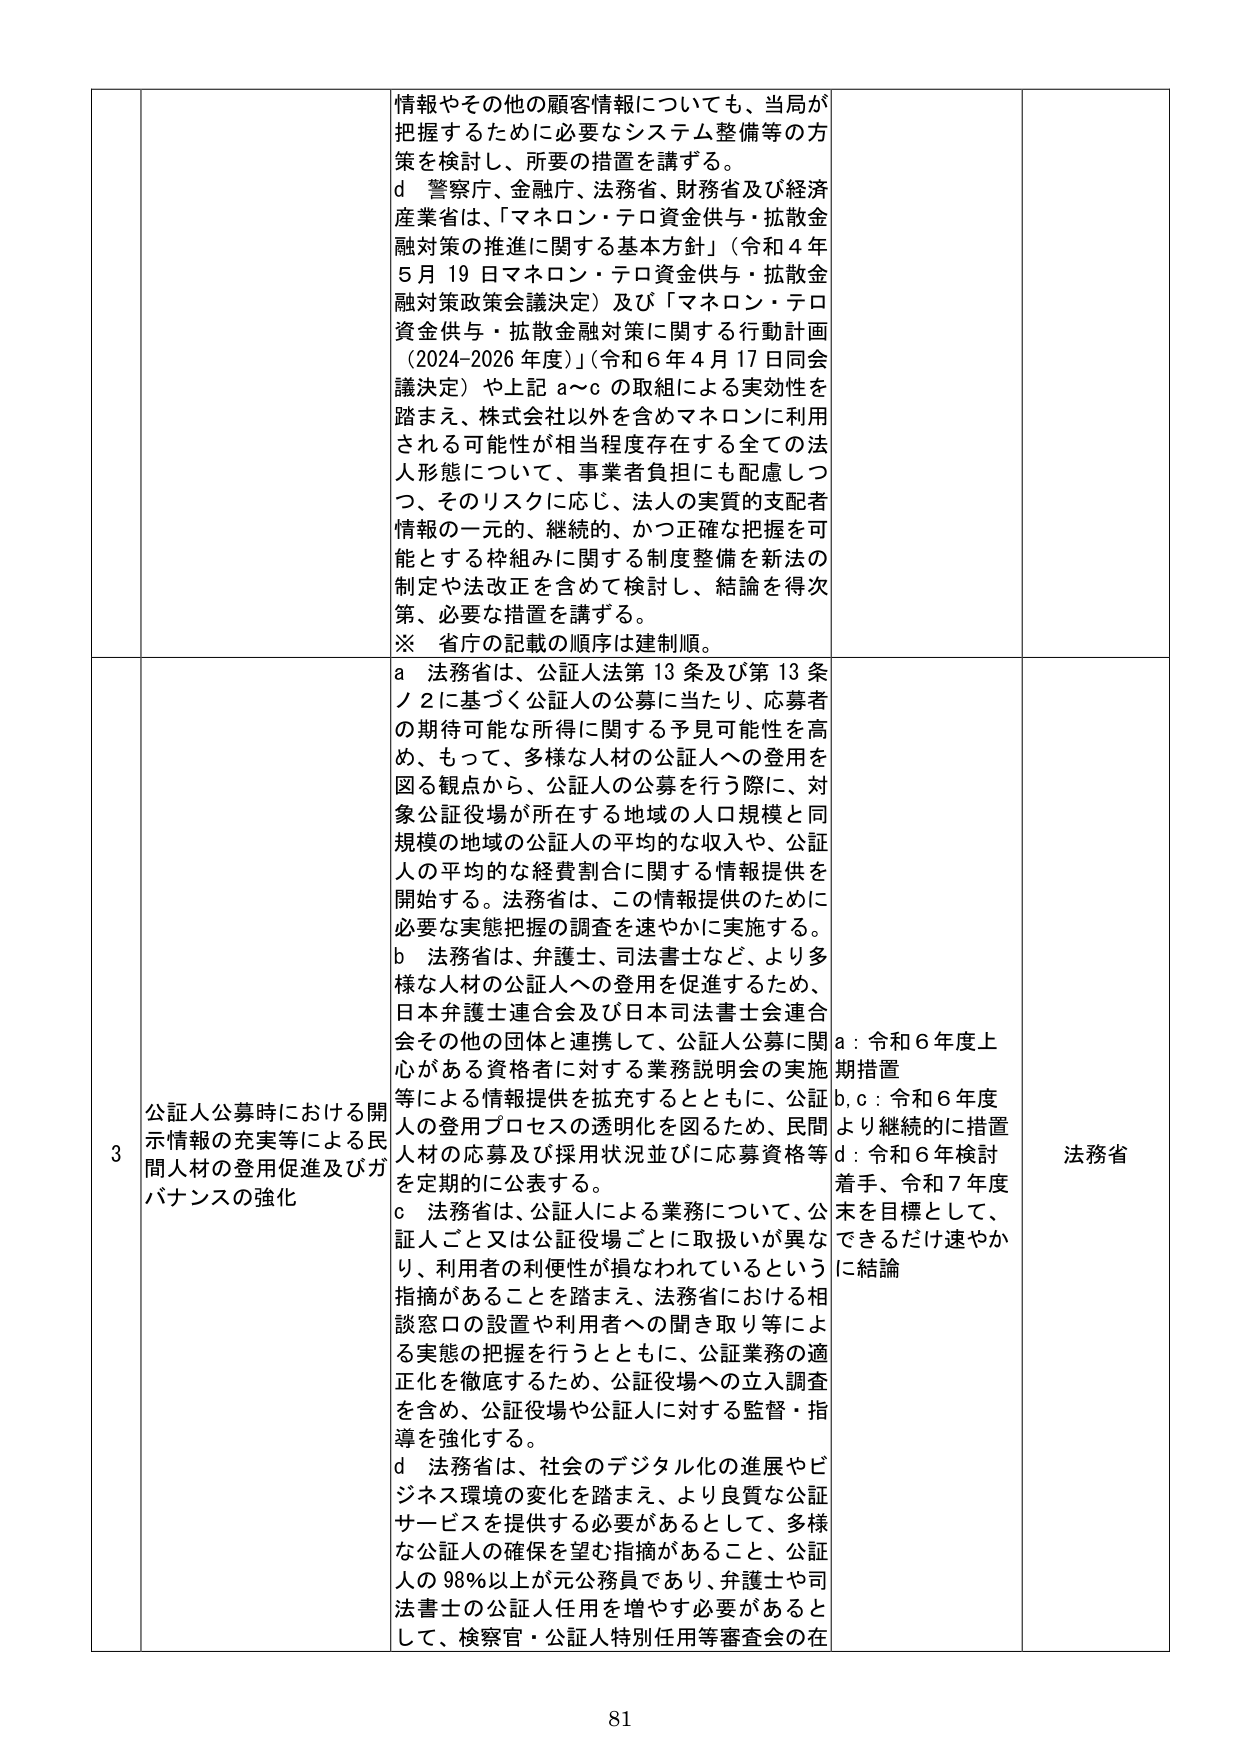
情報やその他の顧客情報についても、当局が把握するために必要なシステム整備等の方策を検討し、所要の措置を講ずる。
d 警察庁、金融庁、法務省、財務省及び経済産業省は、「マネロン・テロ資金供与・拡散金融対策の推進に関する基本方針」（令和４年５月19日マネロン・テロ資金供与・拡散金融対策政策会議決定）及び「マネロン・テロ資金供与・拡散金融対策に関する行動計画（2024-2026年度）」（令和６年４月17日同会議決定）や上記a～cの取組による実効性を踏まえ、株式会社以外を含めマネロンに利用される可能性が相当程度存在する全ての法人形態について、事業者負担にも配慮しつつ、そのリスクに応じ、法人の実質的支配者情報の一元的、継続的、かつ正確な把握を可能とする枠組みに関する制度整備を新法の制定や法改正を含めて検討し、結論を得次第、必要な措置を講ずる。
※ 省庁の記載の順序は建制順。

3 公証人公募時における開示情報の充実等による民間人材の登用促進及びガバナンスの強化
a 法務省は、公証人法第13条及び第13条ノ2に基づく公証人の公募に当たり、応募者の期待可能な所得に関する予見可能性を高め、もって、多様な人材の公証人への登用を図る観点から、公証人の公募を行う際に、対象公証役場が所在する地域の人口規模と同規模の地域の公証人の平均的な収入や、公証人の平均的な経費割合に関する情報提供を開始する。法務省は、この情報提供のために必要な実態把握の調査を速やかに実施する。
b 法務省は、弁護士、司法書士など、より多様な人材の公証人への登用を促進するため、日本弁護士連合会及び日本司法書士連合会その他の団体と連携して、公証人公募に関心がある資格者に対する業務説明会の実施等による情報提供を拡充するとともに、公証人の登用プロセスの透明化を図るため、民間人材の応募及び採用状況並びに応募資格等を定期的に公表する。
c 法務省は、公証人による業務について、公証人ごと又は公証役場ごとに取扱いが異なり、利用者の利便性が損なわれているという指摘があることを踏まえ、法務省における相談窓口の設置や利用者への聞き取り等による実態の把握を行うとともに、公証業務の適正化を徹底するため、公証役場への立入調査を含め、公証役場や公証人に対する監督・指導を強化する。
d 法務省は、社会のデジタル化の進展やビジネス環境の変化を踏まえ、より良質な公証サービスを提供する必要があるとして、多様な公証人の確保を望む指摘があること、公証人の98％以上が元公務員であり、弁護士や司法書士の公証人任用を増やす必要があるとして、検察官・公証人特別任用等審査会の在

a：令和６年度上期措置
b, c：令和６年度より継続的に措置
d：令和６年検討着手、令和７年度末を目標として、できるだけ速やかに結論

法務省

81